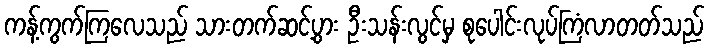
ကန့်ကွက်ကြလေသည် သားတက်ဆင့်ပွား ဦးသန်းလွင်မှ စုပေါင်းလုပ်ကြံလာတတ်သည်